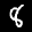
Label: 8